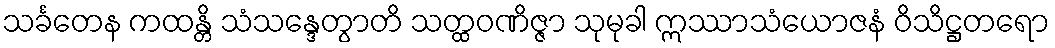
သင်္ခတေန ကထန္တိ သံသန္ဒေတွာတိ သတ္ထဝဏိဇ္ဇာ သုမုခါ ဣဿာသံယောဇနံ ဝိသိဋ္ဌတရော